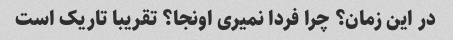
در این زمان؟ چرا فردا نمیری اونجا؟ تقریبا تاریک است